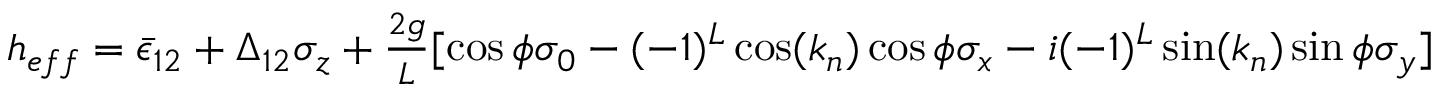
\begin{array} { r } { h _ { e f f } = \bar { \epsilon } _ { 1 2 } + \Delta _ { 1 2 } \sigma _ { z } + \frac { 2 g } { L } [ \cos \phi \sigma _ { 0 } - ( - 1 ) ^ { L } \cos ( k _ { n } ) \cos \phi \sigma _ { x } - i ( - 1 ) ^ { L } \sin ( k _ { n } ) \sin \phi \sigma _ { y } ] } \end{array}